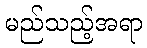
မည်သည့်အရာ